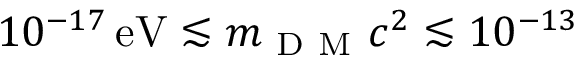
1 0 ^ { - 1 7 } \, \mathrm { e V } \lesssim m _ { \mathrm { ~ D ~ M ~ } } c ^ { 2 } \lesssim 1 0 ^ { - 1 3 }